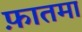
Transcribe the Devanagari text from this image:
फ़ातमा